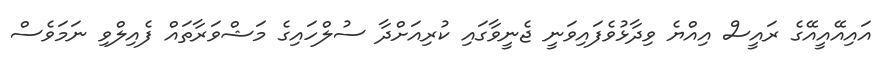
އައިއޭއީއޭގެ ރައީސް އިއްޔެ ވިދާޅުވެފައިވަނީ ޖެނީވާގައި ކުރިއަށްދާ ސުލްހައިގެ މަޝްވަރާތައް ފެއިލްވި ނަމަވެސް